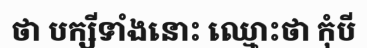
ថា បក្សីទាំងនោះ ឈ្មោះថា កុំបី